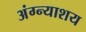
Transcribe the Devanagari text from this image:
अंग्न्याशय